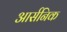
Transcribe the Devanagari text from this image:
आर्सनिक